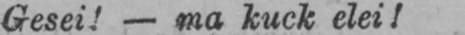
Gesei! - ma kuck elei!